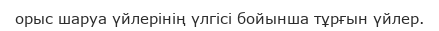
орыс шаруа үйлерінің үлгісі бойынша тұрғын үйлер.